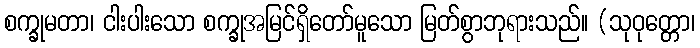
စက္ခုမတာ၊ ငါးပါးသော စက္ခုအမြင်ရှိတော်မူသော မြတ်စွာဘုရားသည်။ (သုဝုတ္တော၊